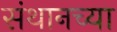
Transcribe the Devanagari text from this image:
संथानच्या